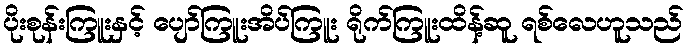
ပိုးစုန်းကြူးနှင့် ပျော်ကြူးအိပ်ကြူး ရိုက်ကြူးထိန့်ဆူ ရစ်လေဟူသည်